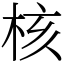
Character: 核